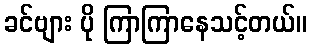
ခင်ဗျား ပို ကြာကြာနေသင့်တယ်။